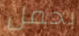
بحمل